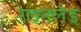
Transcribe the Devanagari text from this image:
राइनलैड